Report of the Indian Hemp Drugs Commission, 1894-1895 - Volume VIII
Year: 1894
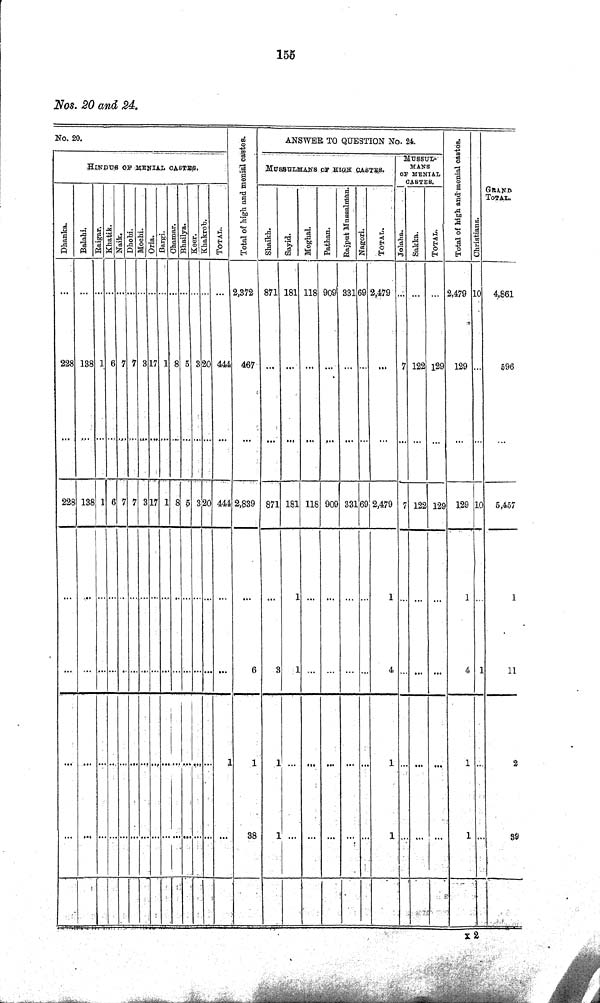
155
Nos. 20 and 24.
No. 20.
Total of high and menial castes.
ANSWER TO QUESTION No. 24.
Total of high and menial castes.
Christians.
GRAND
TOTAL.
HINDUS OF MENTAL CASTES.
Total of high and menial castes.
MUSSULMANS OF HIGH CASTES.
MUSSUL¬
MANS
OF MENIAL
ASTES.
Total of high and menial castes.
Christians.
GRAND
TOTAL.
Dhanka.
Balahi. Raigar. Khatik. Naik. Dhobi. Mochi. Oria.
Bargi.
Chamar.
Bhailya.
Keer. Khakrob.
TOTAL.
Total of high and menial castes.
Shahikh.
Sayid. Moghal. Pathan. Rajput Mussalman.
Nagori. TOTAL. Jodha. Sakka.
TOTAL. Total of high and menial castes.
Christians.
GRAND
TOTAL.
2,372 871 181 118 909 331 69 2,479
2,479 10 4,861
228 138 1 6
7
7 3 17 1 8 5 3 20 444 467
7 122 129 129
596
228 138
1
6 7 7 3 17 1 8 5 3 20 444 2,839 871 181 118 909
33 60
2,479 7 122 129 129
10
5,457
6
3 1
4
4
1
11
1
1
1
1
1
2
38
1
1
1
1
39
X 2